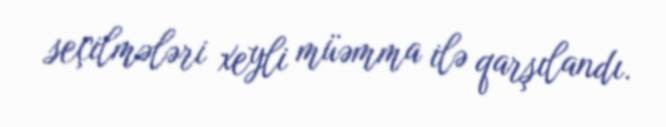
seçilmələri xeyli müəmma ilə qarşılandı.